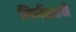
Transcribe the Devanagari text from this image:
विनीताचे